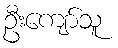
ဦးကျော်သူ